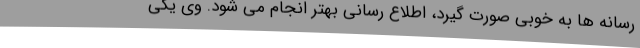
رسانه ها به خوبی صورت گیرد، اطلاع رسانی بهتر انجام می شود. وی یکی